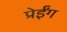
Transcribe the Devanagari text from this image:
प्रेईंग